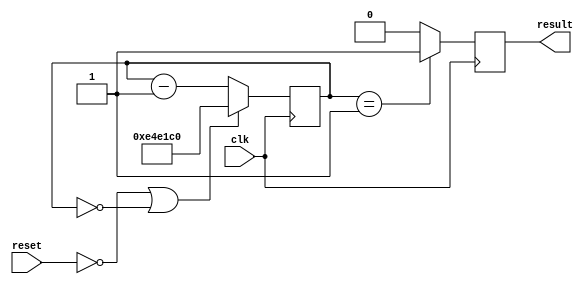
module divider (input clk, input reset, output result);

    reg [31:0] CNTR;
    reg CLK_DIV;

 	always @(posedge clk) begin
		if(!reset || !CNTR) CNTR <= 15_000_000; // Every 0.5 sec.
		else CNTR <= CNTR - 1;
		
		if(CNTR == 1) CLK_DIV = 1;
		else CLK_DIV = 0;
	end
	
	assign result = CLK_DIV;
endmodule